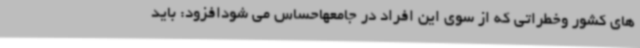
های کشور وخطراتی که از سوی این افراد در جامعهاحساس می شودافزود: باید